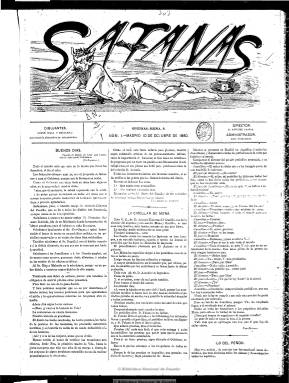
Título: Satanás (Madrid)
Colección: Revistas satíricas y humorísticas || Periódicos
Ámbito geográfico: Madrid
Lugar de publicación: Madrid
Fechas: 10/10/1880-19/12/1880

Publicación político-satírica, dirigida por el dramaturgo, periodista y político Emilio Sánchez Pastor (1852-1935), que aparece el diez de octubre de 1880, en entregas de cuatro páginas, compuestas a tres columnas, y que estarán ilustradas con dibujos y caricaturas de Luque, Cilla y Escalera, bajo cuyos nombres se indica “que toman la alternativa en este periódico”, siendo su administrador Luis Trigueros. De periodicidad semanal, se dedicará fundamentalmente a la crítica política del gobierno presidido por el líder del Partido Conservador, Antonio Cánovas del Castillo (1828-1897), del que era ministro de la Gobernación Francisco Romero Robledo (1838-1906), sobre el que también lanza sus dardos, a través de textos jocosos escritos en prosa (artículos, breves y sueltos) y en verso (sonetos, coplillas, romances y otras letrillas), bajo las firmas de Satanás, Cojuelo, Barrabás, Pero Botero o Belial, entre otras. Tiene una sección con el epígrafe Tentaciones, y dedica también atención a asuntos de los teatros y a comentar noticias de otros periódicos. Inserta asimismo anuncios comerciales con textos festivos escritos en verso sobre los establecimientos que publicita, en el faldón de su tercera página.

A partir del número 9, de cuatro de diciembre, sus grabados son en color (generalmente, ocupan dos planas), y el número 11 y último de la colección, de 19 de diciembre, es de sólo dos páginas, ya que el gobernador civil de Madrid, conde de Heredia Spínola, le había prohibido publicar una caricatura de Cánovas del Castillo vestido de fraile. El semanario debió desaparecer por estas fechas y, por lo tanto, fue de muy corta vida. Al año siguiente Sánchez Pastor saldrá elegido diputado por el Partido Fusionista Liberal.